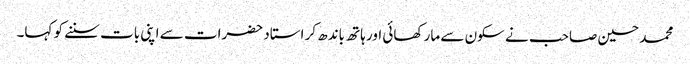
محمد حسین صاحب نے سکون سے مار کھائی اور ہاتھ باندھ کر استاد حضرات سے اپنی بات سننے کو کہا۔